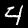
Label: 4